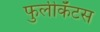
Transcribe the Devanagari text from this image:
फुलीकॅटस